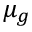
\mu _ { g }